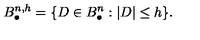
B _ { \bullet } ^ { n , h } = \{ D \in B _ { \bullet } ^ { n } : | D | \le h \} { } .